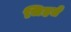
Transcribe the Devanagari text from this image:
चिहते